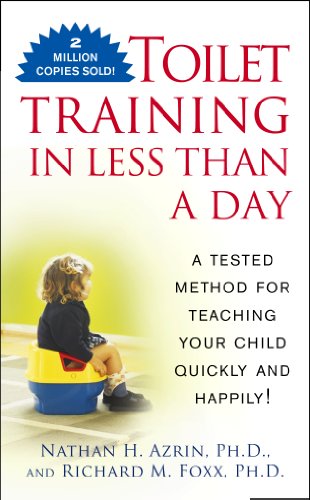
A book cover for Toilet Training in Less Than a Day; Nathan Azrin; Parenting & Relationships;